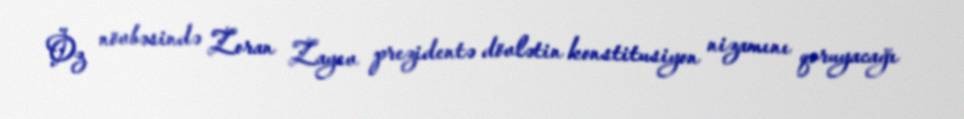
Öz növbəsində Zoran Zayev prezidentə dövlətin konstitusiyon nizamını qoruyacağı